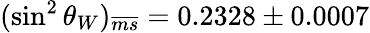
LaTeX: (\sin^{2}\theta_{W})_{\overline{{{ms}}}}=0.2328\pm 0.0007